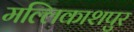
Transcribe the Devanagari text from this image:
मल्लिकाशपुर